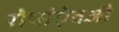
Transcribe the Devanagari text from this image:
रोपांएेवजी